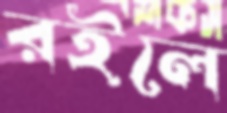
রইলে